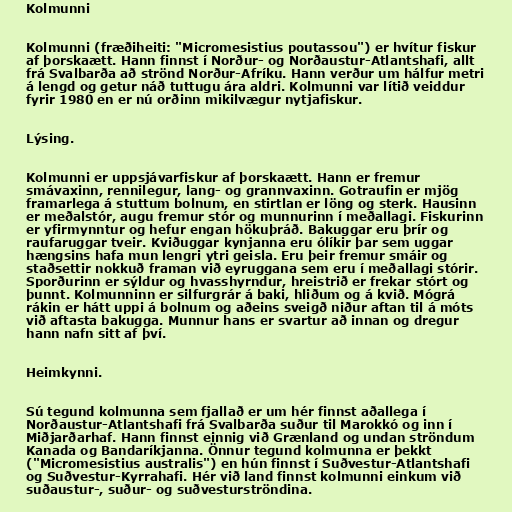
Kolmunni

Kolmunni (fræðiheiti: "Micromesistius poutassou") er hvítur fiskur
af þorskaætt. Hann finnst í Norður- og Norðaustur-Atlantshafi, allt
frá Svalbarða að strönd Norður-Afríku. Hann verður um hálfur metri
á lengd og getur náð tuttugu ára aldri. Kolmunni var lítið veiddur
fyrir 1980 en er nú orðinn mikilvægur nytjafiskur.

Lýsing.

Kolmunni er uppsjávarfiskur af þorskaætt. Hann er fremur
smávaxinn, rennilegur, lang- og grannvaxinn. Gotraufin er mjög
framarlega á stuttum bolnum, en stirtlan er löng og sterk. Hausinn
er meðalstór, augu fremur stór og munnurinn í meðallagi. Fiskurinn
er yfirmynntur og hefur engan hökuþráð. Bakuggar eru þrír og
raufaruggar tveir. Kviðuggar kynjanna eru ólíkir þar sem uggar
hængsins hafa mun lengri ytri geisla. Eru þeir fremur smáir og
staðsettir nokkuð framan við eyruggana sem eru í meðallagi stórir.
Sporðurinn er sýldur og hvasshyrndur, hreistrið er frekar stórt og
þunnt. Kolmunninn er silfurgrár á baki, hliðum og á kvið. Mógrá
rákin er hátt uppi á bolnum og aðeins sveigð niður aftan til á móts
við aftasta bakugga. Munnur hans er svartur að innan og dregur
hann nafn sitt af því.

Heimkynni.

Sú tegund kolmunna sem fjallað er um hér finnst aðallega í
Norðaustur-Atlantshafi frá Svalbarða suður til Marokkó og inn í
Miðjarðarhaf. Hann finnst einnig við Grænland og undan ströndum
Kanada og Bandaríkjanna. Önnur tegund kolmunna er þekkt
("Micromesistius australis") en hún finnst í Suðvestur-Atlantshafi
og Suðvestur-Kyrrahafi. Hér við land finnst kolmunni einkum við
suðaustur-, suður- og suðvesturströndina.